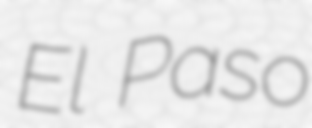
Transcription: El Paso